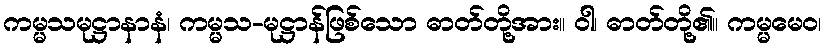
ကမ္မသမုဋ္ဌာနာနံ၊ ကမ္မသ-မုဋ္ဌာန်ဖြစ်သော ဓာတ်တို့အား။ ဝါ၊ ဓာတ်တို့၏။ ကမ္မမေဝ၊